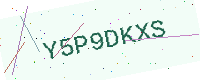
Text: Y5P9DKXS